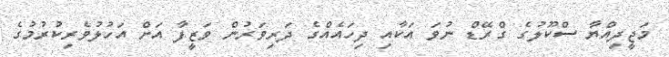
މަޖީދިއްޔާ ސްކޫލުގެ ގްރޭޑް ނުވަ އަކާއި ދިހައެއްގެ ދަރިވަރުން ވަޒީފާ އަށް އަހުލުވެރިކުރުމުގެ